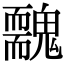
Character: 䰭